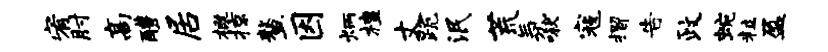
宥肘高醴居概掠鳌因炳檀丈跪泯荒氛啾寇摺告政蜿粒盈